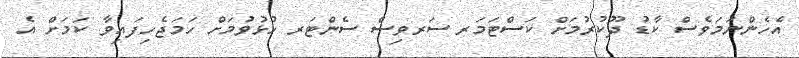
އެހެންނަމަވެސް ކާޑު ދޫކުރުމަށް ކަަސްޓަމަރ ސަރވިސް ސެންޓަރ ހުޅުވުމަށް ހަމަޖެހިފައިވާ ކަމަށް އެ